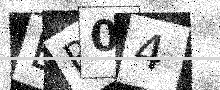
Text: EP04